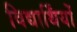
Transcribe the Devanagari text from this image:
विद्यार्थिंयों